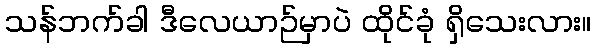
သန်ဘက်ခါ ဒီလေယာဉ်မှာပဲ ထိုင်ခုံ ရှိသေးလား။